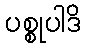
ပစ္စုပါဒိ